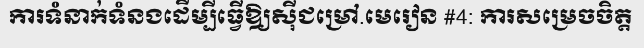
ការទំនាក់ទំនងដើម្បីធ្វើឱ្យស៊ីជម្រៅ.មេរៀន #4: ការសម្រេចចិត្ត